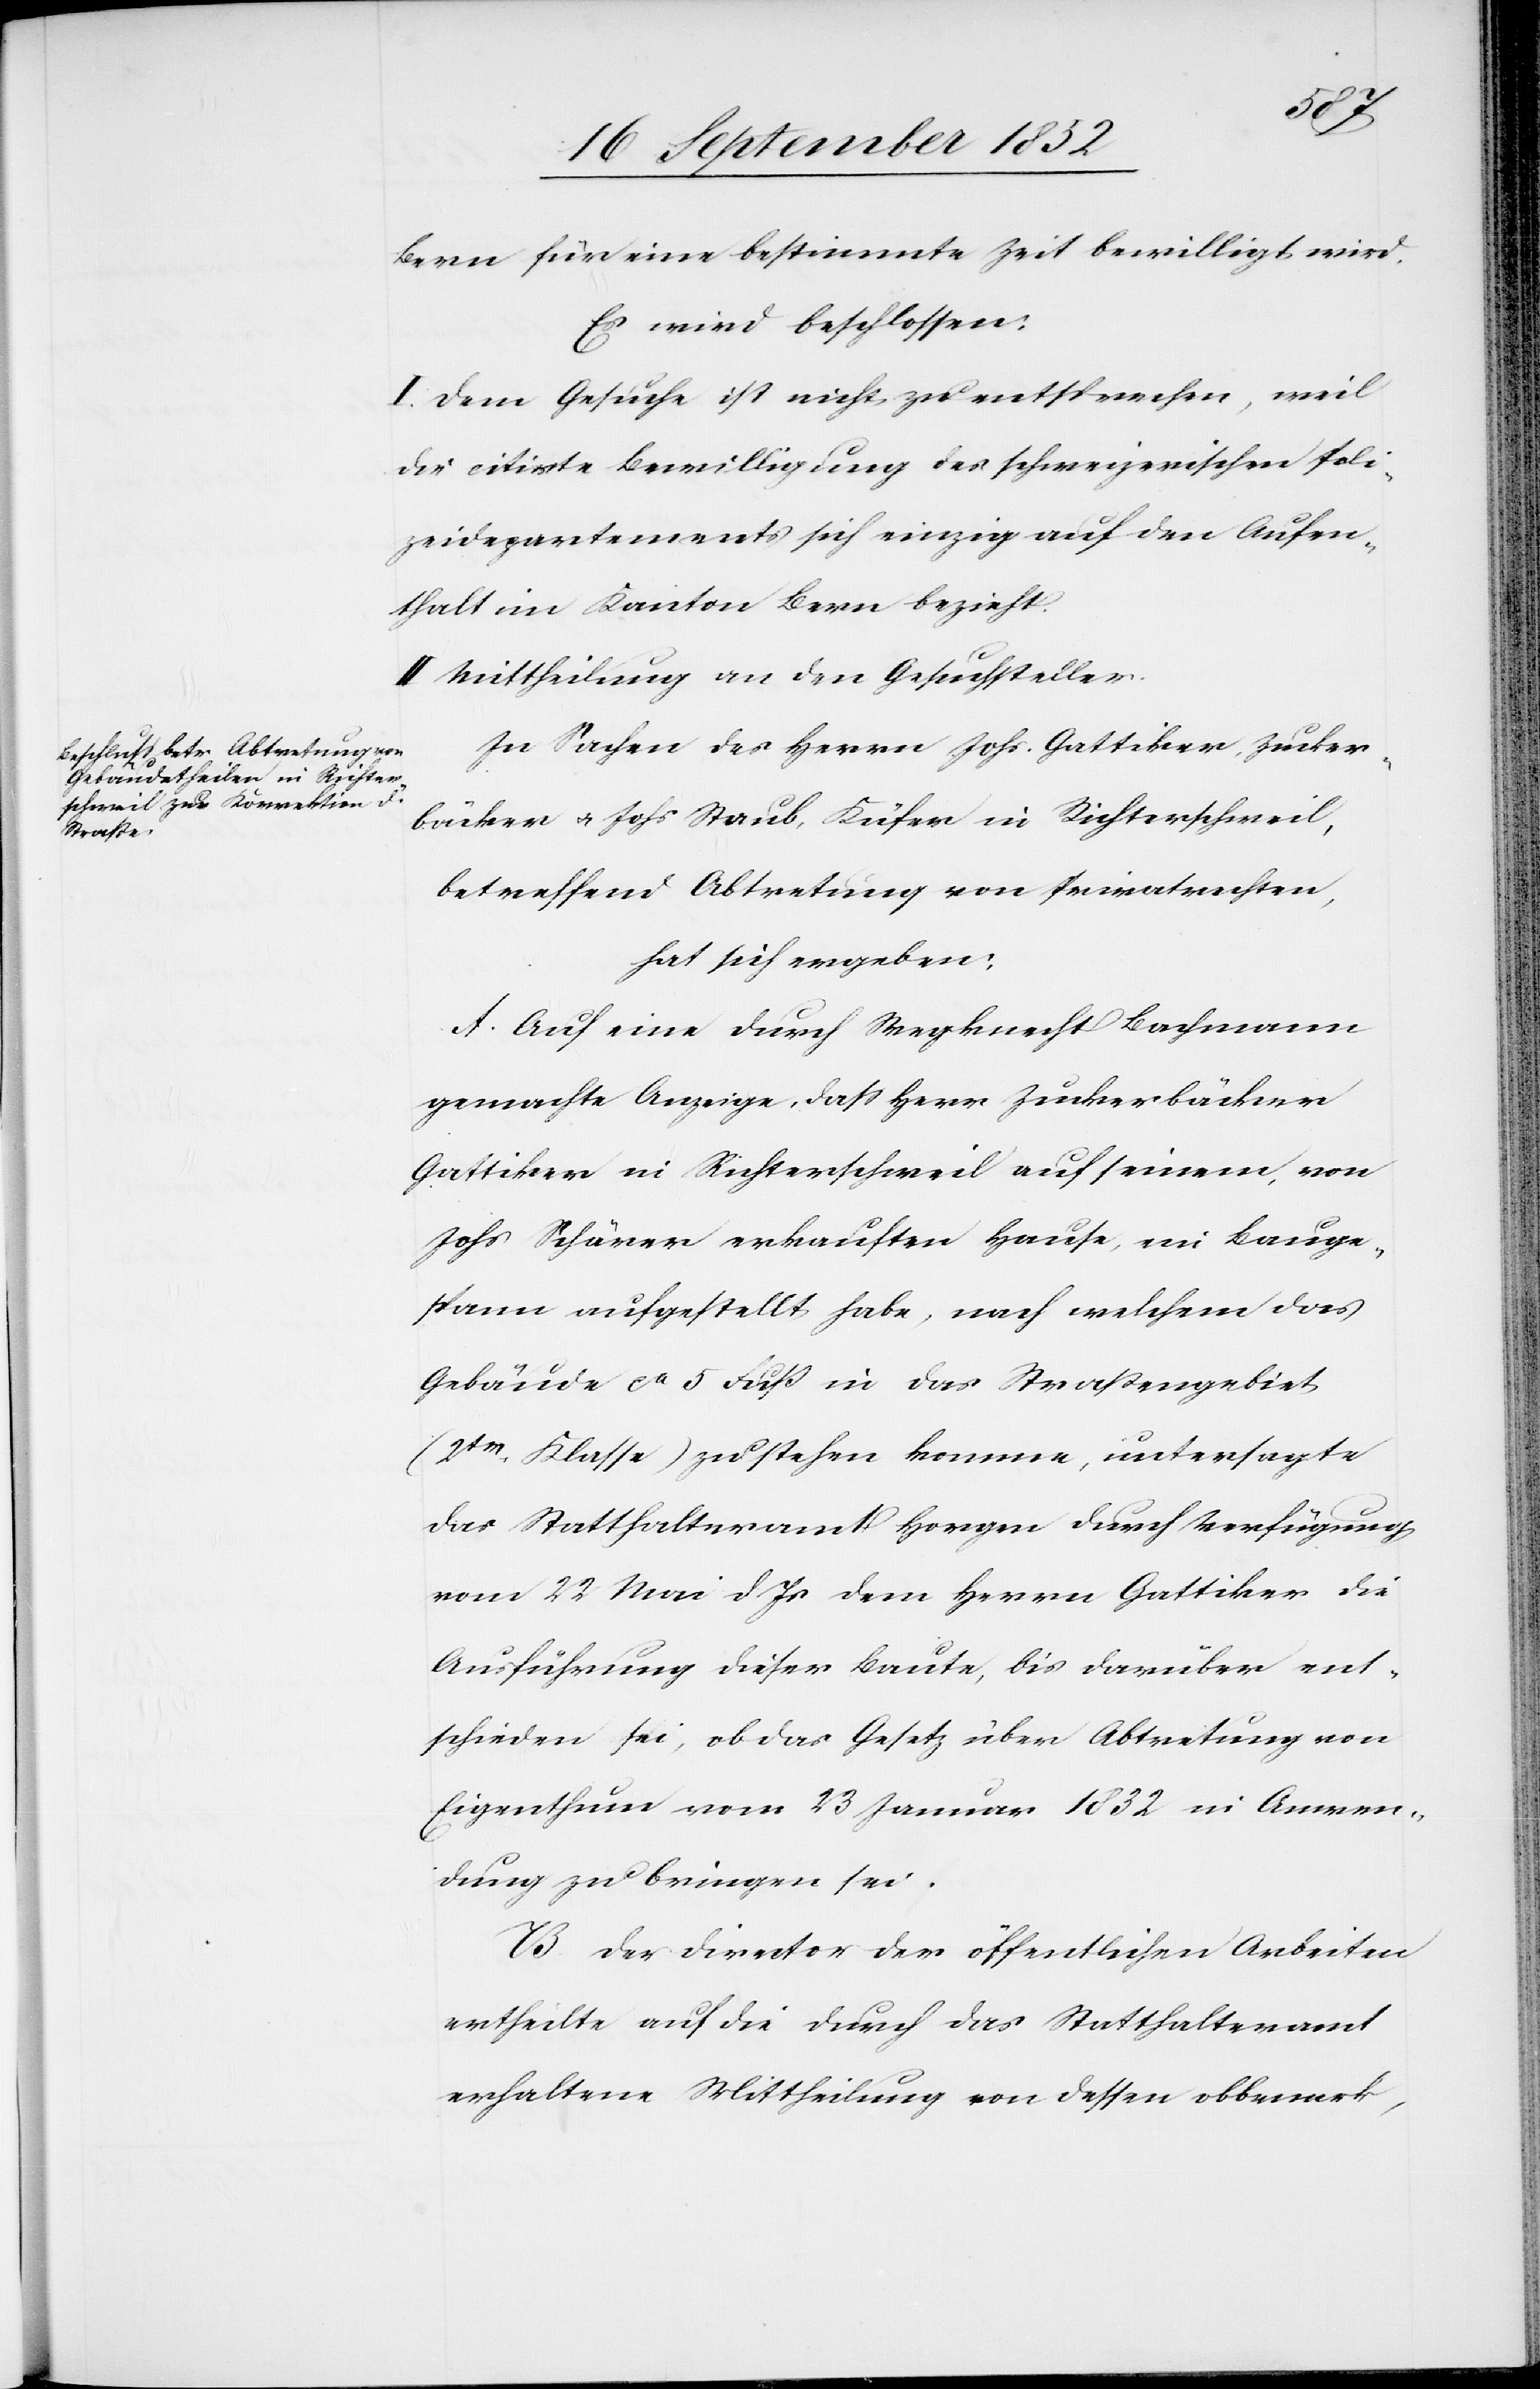
Bern für eine bestimmte Zeit bewilligt wird.
Es wird beschlossen:
I. Dem Gesuche ist nicht zu entsprechen, weil
die citirte Bewilligung des schweizerischen Poli¬
zeidepartements sich einzig auf den Aufen¬
thalt im Kanton Bern bezieht.
II Mittheilung an den Gesuchsteller.
In Sachen des Herrn Johs. Gattiker, Zucker¬
bäcker & Johs Staub, Küfer in Richterschweil,
betreffend Abtretung von Privatrechten,
hat sich ergeben:
A. Auf eine durch Wegknecht Bachmann
gemachte Anzeige, dass Herr Zuckerbäcker
Gattiker in Richterschweil auf seinem, von
Johs Schärer erkauften Hause, ein Bauge¬
spann aufgestellt habe, nach welchem das
Gebäude ca 5 Fuß in das Straßengebiet
(2te. Klasse) zu stehen komme, untersagte
das Statthalteramt Horgen durch Verfügung
vom 22 Mai d. Js dem Herrn Gattiker die
Ausführung dieser Baute, bis darüber ent¬
schieden sei, ob das Gesetz über Abtretung von
Eigenthum vom 23 Januar 1832 in Anwen¬
dung zu bringen sei.
B. Der Director der öffentlichen Arbeiten
ertheilte auf die durch das Statthalteramt
erhaltene Mittheilung von dessen obbemerk-